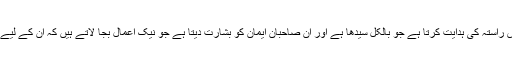
'' ''بیشک قرآن اس راستہ کی ہدایت کرتا ہے جو بالکل سیدھا ہے اور ان صاحبانِ ایمان کو بشارت دیتا ہے جو نیک اعمال بجا لاتے ہیں کہ ان کے لیے بہت بڑا اجرہے۔